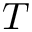
T